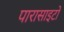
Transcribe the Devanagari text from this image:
पारासाइटों